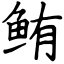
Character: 鲔